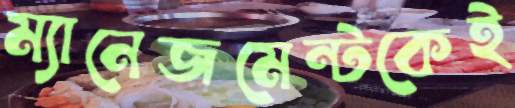
ম্যানেজমেন্টকেই